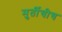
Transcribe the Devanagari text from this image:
मुर्तीचीच